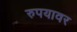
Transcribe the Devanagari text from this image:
रुपयावर